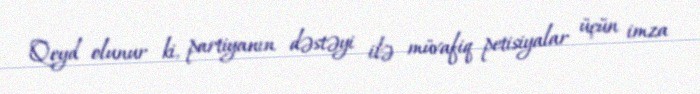
Qeyd olunur ki, partiyanın dəstəyi ilə müvafiq petisiyalar üçün imza